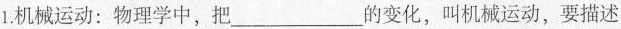
1.机械运动：物理学中，把___的变化，叫机械运动，要描述